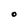
Character: O